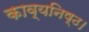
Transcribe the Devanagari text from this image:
काव्यनिष्ठ।